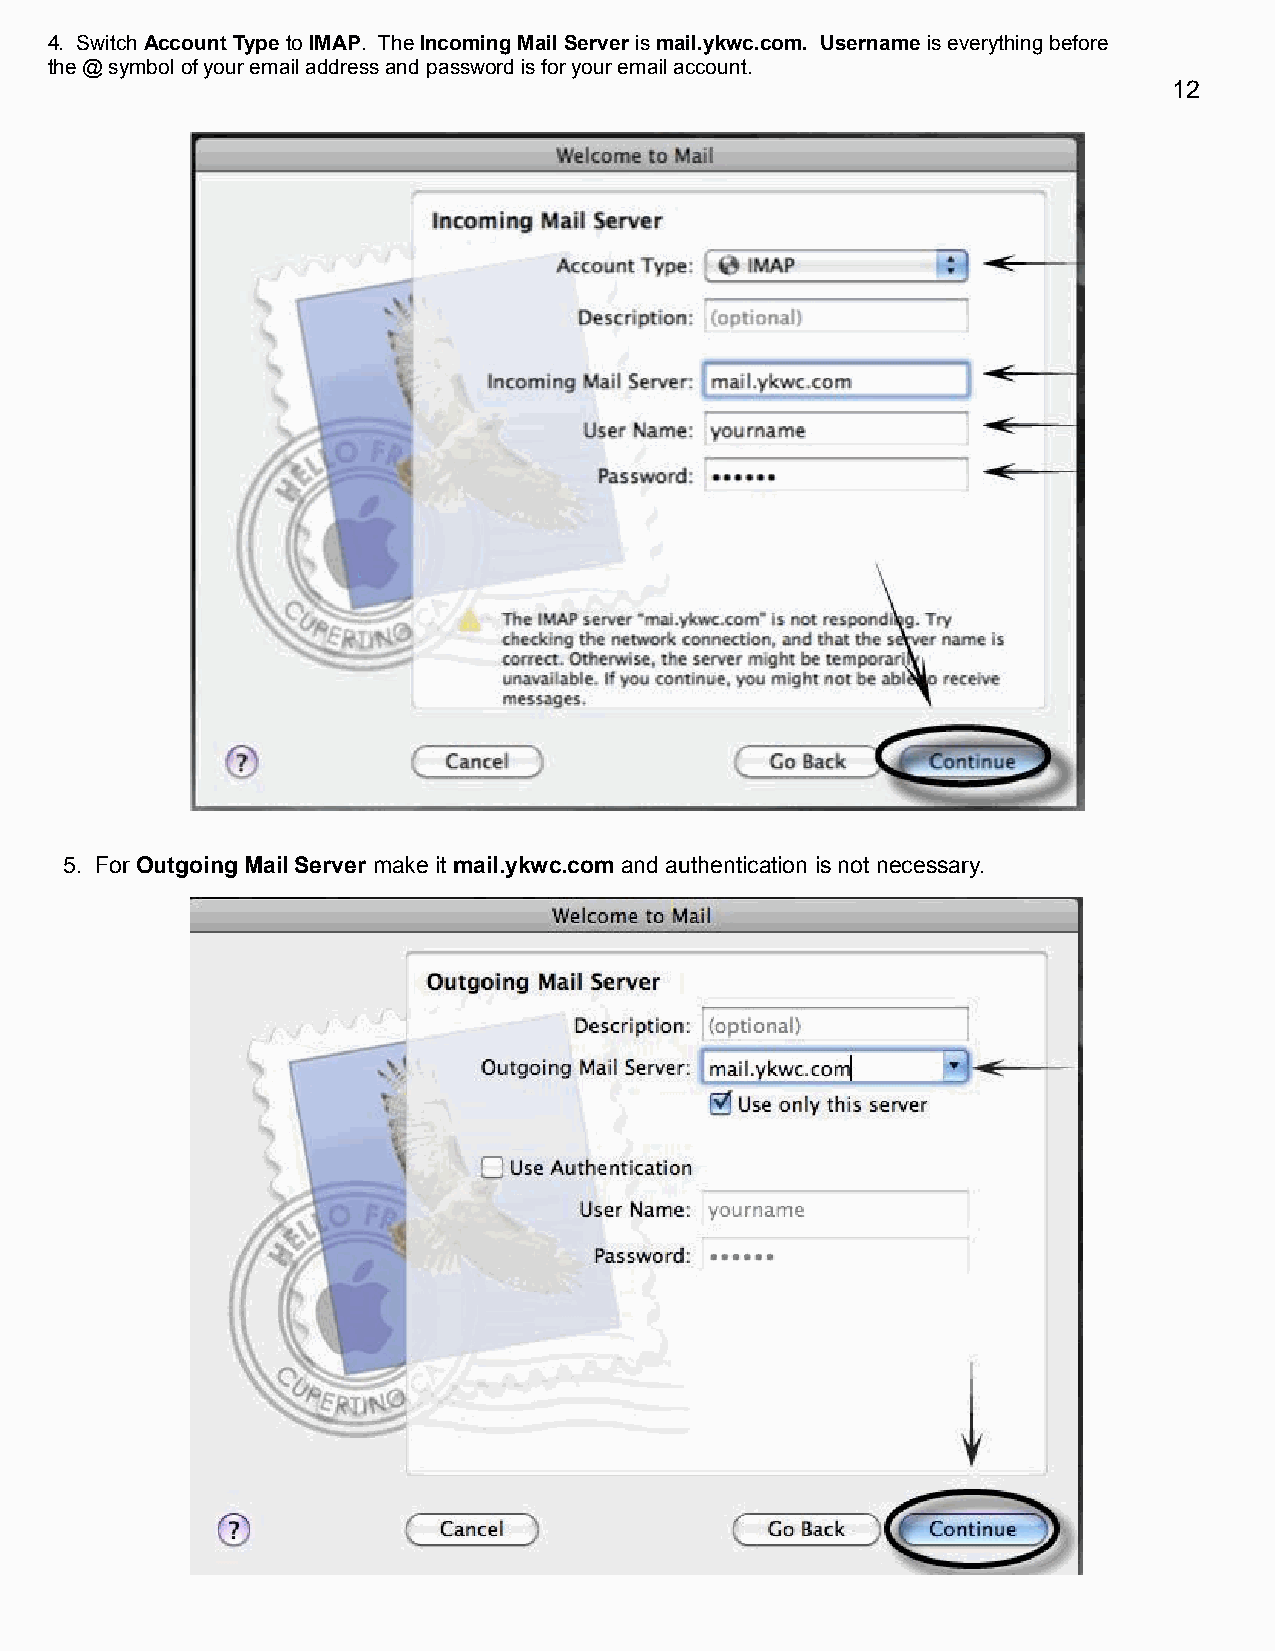
4. Switch Account Type to IMAP. The Incoming Mail Server is mail.ykwc.com. Username is everything before
 the @ symbol of your email address and password is for your email account.
 12
 5. For Outgoing Mail Server make it mail.ykwc.com and authentication is not necessary.